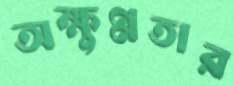
অক্ষুণ্নতার